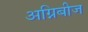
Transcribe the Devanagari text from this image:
अग्निबीज